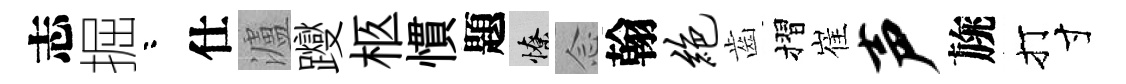
志掘咯仕瀘躞柩慣題憭𫝹翰绝齒摺崔声旐打寸